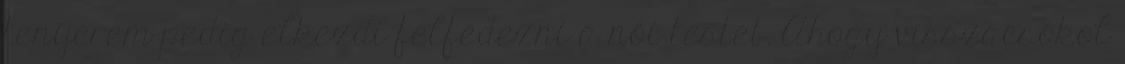
tenyerem pedig elkezdi felfedezni a női testet. Ahogy visszacsókol